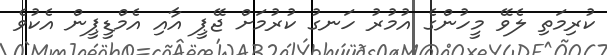
ކުރިމަތި ލެވޭ މީހުންގެ އުމުރު ހަނގު ކުރުމަށް ޖޭޕީ އާއި އެމްޑީޕީން އެކުވެ